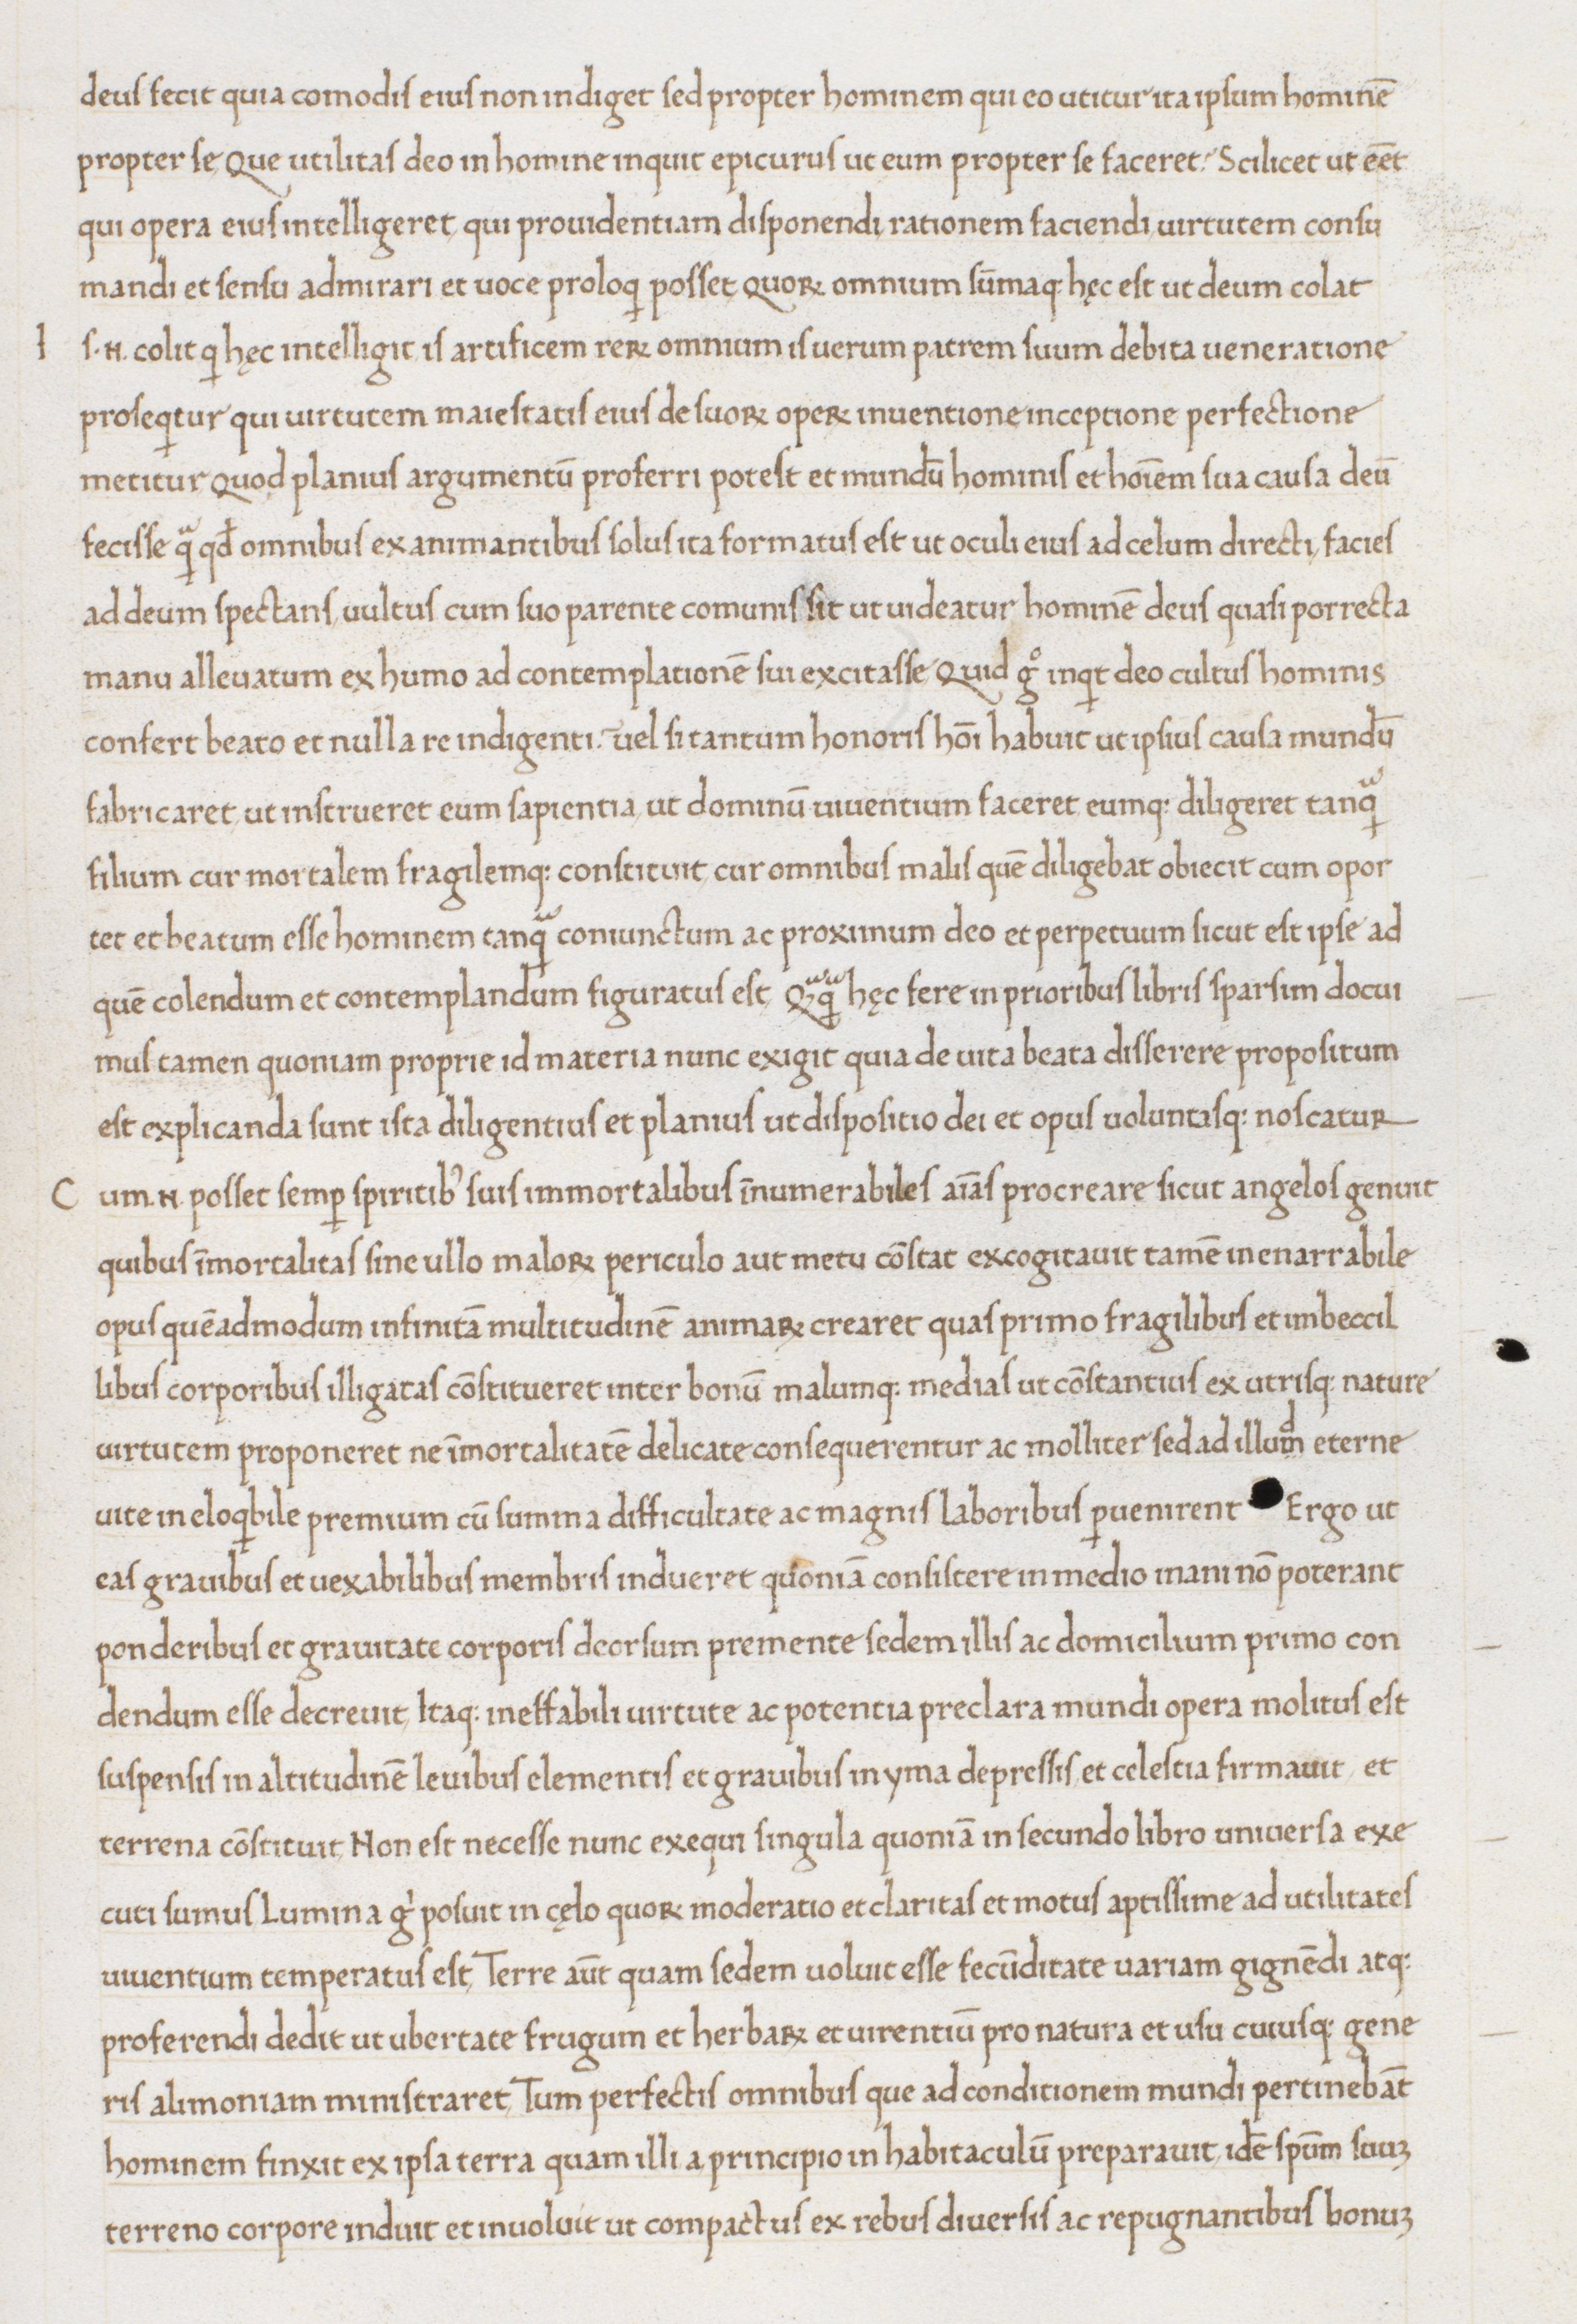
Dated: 1465–1475